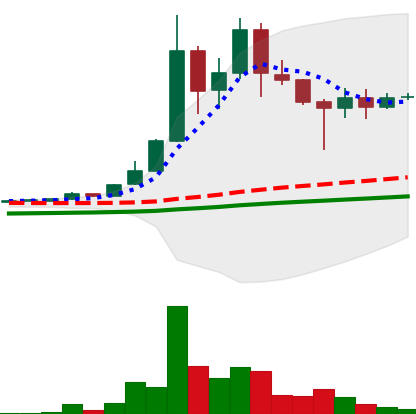
Ticker: DOGE-USD
Chart end date: 2021-04-27
Forward return: 38.157%
Label: up_7plus